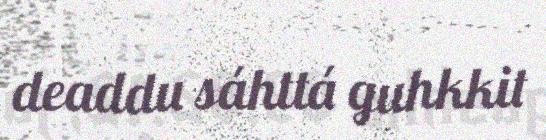
deaddu sáhttá guhkkit